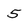
Character: 5